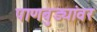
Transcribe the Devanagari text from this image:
पाणबुड्यांवर